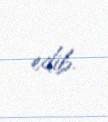
edib.